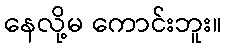
နေလို့မ ကောင်းဘူး။